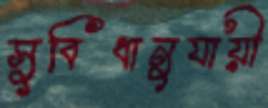
সুবিধানুযায়ী